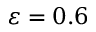
\varepsilon = 0 . 6